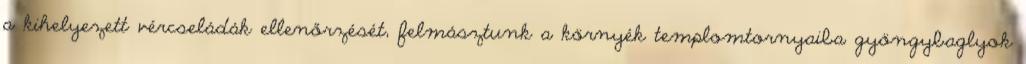
a kihelyezett vércseládák ellenőrzését, felmásztunk a környék templomtornyaiba gyöngybaglyok